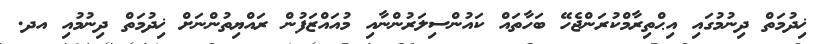
ޚިދުމަތް ދިނުމުގައި އިޙްތިރާމްކުރަންޖެހޭ ބަހާތައް ކައުންސިލަރުންނާއި މުއައްޒަފުން ރައްޔިތުންނަށް ޚިދުމަތް ދިނުމުއި އދ.